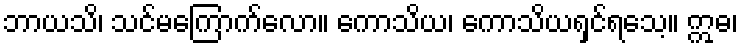
ဘာယသိ၊ သင်မကြောက်လော။ ကောသိယ၊ ကောသိယရှင်ရသေ့။ ဣဓ၊